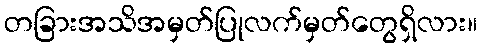
တခြားအသိအမှတ်ပြုလက်မှတ်တွေရှိလား။